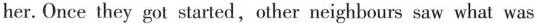
her. Once they got started, other neighbours saw what was